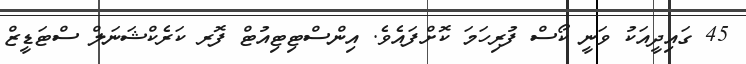
45 ގައިދީއަކު ވަނީ ކޯސް ފުރިހަމަ ކޮށްފައެވެ. އިންސްޓިޓިއުޓް ފޮރ ކަރެކްޝަނަލް ސްޓަޑީޒް